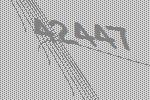
42447